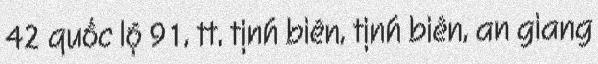
42 quốc lộ 91, tt. tịnh biên, tịnh biên, an giang